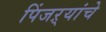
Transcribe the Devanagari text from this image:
पिंजऱ्यांचे